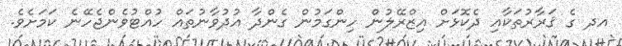
އދ ގެ ޤަރާރުތަކާއި ދެކޮޅަށް އިޒްރޭލުން ހިންގަމުން ގެންދާ އުދުވާނުތައް ހުއްޓުވެންޖެހޭނެ ކަމަށެވެ.